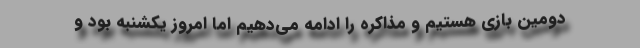
دومین بازی‌ هستیم و مذاکره را ادامه می‌دهیم اما امروز یکشنبه بود و